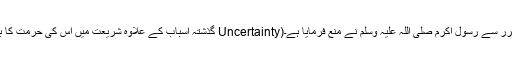
 گذشتہ اسباب کے علاوہ شریعت میں اس کی حرمت کا بنیادی سبب یہ بھی ہے کہ یہ بیع الغرر Uncertainty)اورجہالت،ودھوکہ) میں سے ہےاوربیع الغرر سے رسول اکرم صلی اللہ علیہ وسلم نے منع فرمایا ہے۔